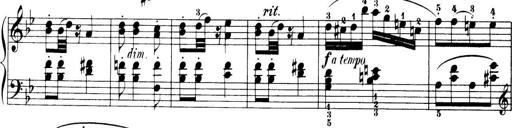
Title: 32 Sonatinas and Rondos for the Piano
Composer: Richard Kleinmichel